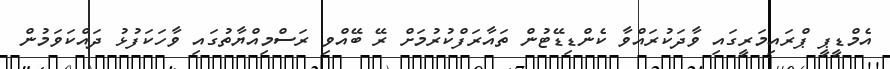
އެމްޑީޕީ ޕްރައިމަރީގައި ވާދަކުރައްވާ ކެންޑިޑޭޓުން ތައާރަފްކުރުމަށް ރޭ ބޭއްވި ރަސްމިއްޔާތުގައި ވާހަކަފުޅު ދައްކަވަމުން